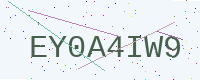
Text: EY0A4IW9